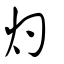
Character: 灼